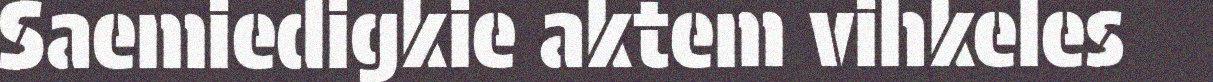
Saemiedigkie aktem vihkeles